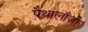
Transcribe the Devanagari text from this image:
पैथालॉजी